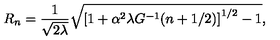
R _ { n } = \frac { 1 } { \sqrt { 2 \lambda } } \sqrt { \left[ 1 + \alpha ^ { 2 } \lambda G ^ { - 1 } ( n + 1 / 2 ) \right] ^ { 1 / 2 } - 1 } ,